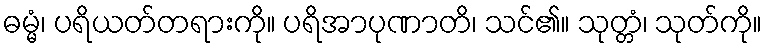
ဓမ္မံ၊ ပရိယတ်တရားကို။ ပရိအာပုဏာတိ၊ သင်၏။ သုတ္တံ၊ သုတ်ကို။